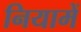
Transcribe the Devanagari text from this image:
नियामें